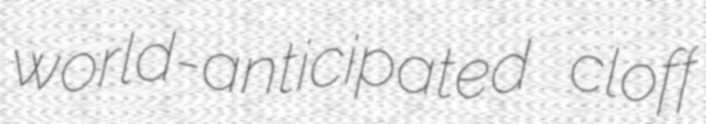
world-anticipated cloff